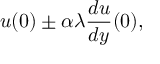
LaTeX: u ( 0 ) \pm \alpha \lambda { \frac { d u } { d y } } ( 0 ) ,